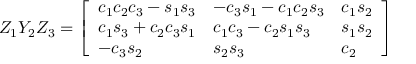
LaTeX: Z _ { 1 } Y _ { 2 } Z _ { 3 } = { \left[ \begin{array} { l l l } { c _ { 1 } c _ { 2 } c _ { 3 } - s _ { 1 } s _ { 3 } } & { - c _ { 3 } s _ { 1 } - c _ { 1 } c _ { 2 } s _ { 3 } } & { c _ { 1 } s _ { 2 } } \\ { c _ { 1 } s _ { 3 } + c _ { 2 } c _ { 3 } s _ { 1 } } & { c _ { 1 } c _ { 3 } - c _ { 2 } s _ { 1 } s _ { 3 } } & { s _ { 1 } s _ { 2 } } \\ { - c _ { 3 } s _ { 2 } } & { s _ { 2 } s _ { 3 } } & { c _ { 2 } } \end{array} \right] }